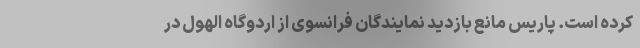
کرده است. پاریس مانع بازدید نمایندگان فرانسوی از اردوگاه‌ الهول در